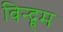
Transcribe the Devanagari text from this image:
विन्द्हम